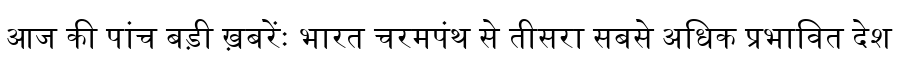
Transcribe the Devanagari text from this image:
आज की पांच बड़ी ख़बरेंः भारत चरमपंथ से तीसरा सबसे अधिक प्रभावित देश